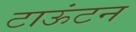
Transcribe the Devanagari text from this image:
टाऊंटन